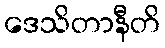
ဒေသိတာနီတိ